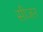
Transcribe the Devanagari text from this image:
सीजऩ